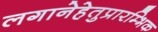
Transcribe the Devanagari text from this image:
लगानेहेतुप्रारम्भिक